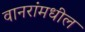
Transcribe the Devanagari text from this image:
वानरांमधील